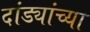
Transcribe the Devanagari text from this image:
दांड्यांच्या